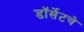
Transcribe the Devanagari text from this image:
डॉर्सेटचे